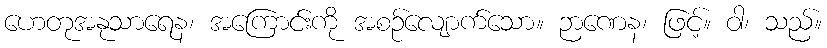
ဟေတုအနုသာရေန၊ အကြောင်းကို အစဉ်လျောက်သော။ ဉာဏေန၊ ဖြင့်။ ဝါ၊ သည်။